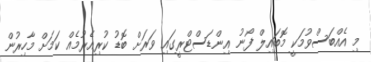
މި އެއްބަސްވުމަކީ މޮބައިލް ފޯނު އިންޑަސްޓްރީގައި ވަރަށް ބޮޑު ކުރިއެރުމެއް ކަމަށް މާހިރުން